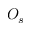
O _ { s }